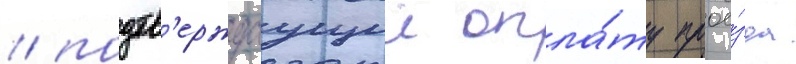
/ подтв'ерждаущии опла́ту прое́зда